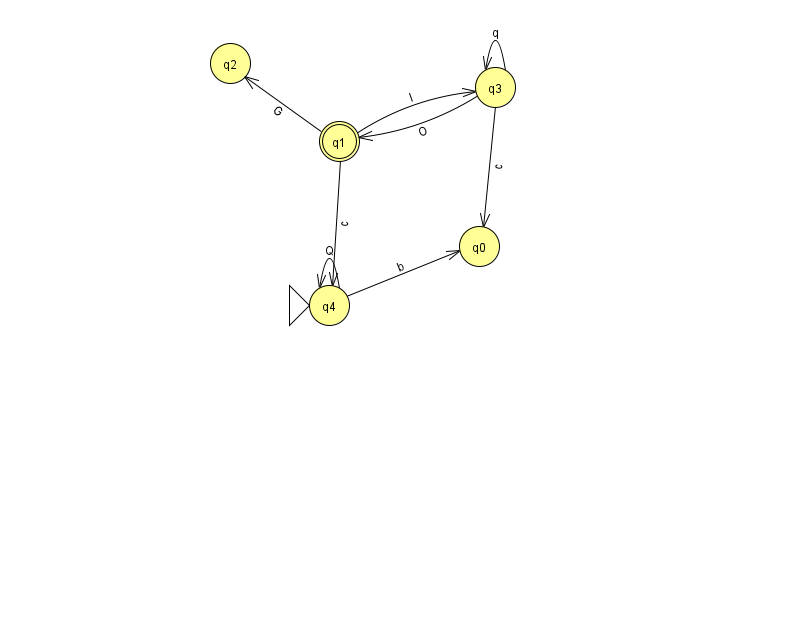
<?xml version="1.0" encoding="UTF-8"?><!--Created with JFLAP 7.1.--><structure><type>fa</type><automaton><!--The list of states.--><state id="0" name="q0"><x>479.0</x><y>233.0</y></state><state id="1" name="q1"><x>339.0</x><y>128.0</y><final/></state><state id="2" name="q2"><x>230.0</x><y>50.0</y></state><state id="3" name="q3"><x>495.0</x><y>74.0</y></state><state id="4" name="q4"><x>329.0</x><y>292.0</y><initial/></state><!--The list of transitions.--><transition><from>1</from><to>2</to><read>G</read></transition><transition><from>3</from><to>3</to><read>q</read></transition><transition><from>4</from><to>4</to><read>Q</read></transition><transition><from>1</from><to>4</to><read>c</read></transition><transition><from>4</from><to>0</to><read>b</read></transition><transition><from>3</from><to>0</to><read>c</read></transition><transition><from>1</from><to>3</to><read>I</read></transition><transition><from>3</from><to>1</to><read>O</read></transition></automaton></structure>